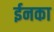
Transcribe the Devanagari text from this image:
ईनका